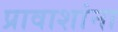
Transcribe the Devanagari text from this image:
प्रावाशांना